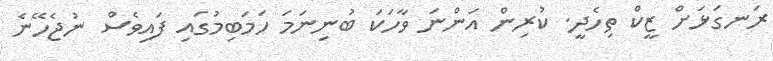
ރަނގަޅަށް ޒީކް ތިހެދީ. ކުރިން އަންނަ ވާހަކަ ބުނިނަމަ ހަމަބިމުގައި ފައިވެސް ނުޖެހޭނެ